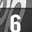
Digit: 6